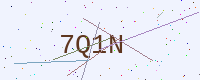
Text: 7Q1N